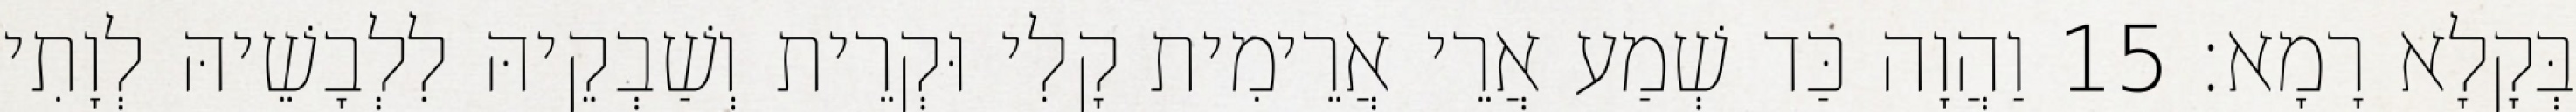
בְּקָלָא רָמָא׃ 15 וַהֲוָה כַּד שְׁמַע אֲרֵי אֲרֵימִית קָלִי וּקְרֵית וְשַׁבְקֵיהּ לִלְבָשֵׁיהּ לְוָתִי